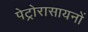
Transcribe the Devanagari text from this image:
पेट्रोरासायनों